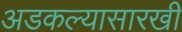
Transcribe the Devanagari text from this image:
अडकल्यासारखी